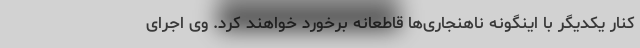
کنار یکدیگر با اینگونه ناهنجاری‌ها قاطعانه برخورد خواهند کرد. وی اجرای